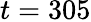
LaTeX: t=305